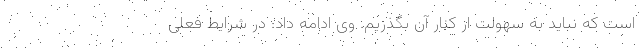
است که نباید به سهولت از کنار آن بگذریم. وی ادامه داد: در شرایط فعلی